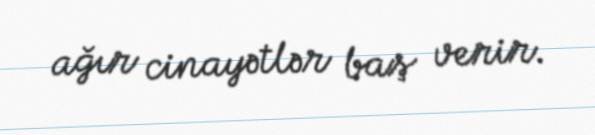
ağır cinayətlər baş verir.